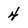
Character: 4